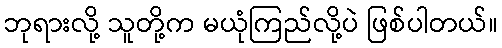
ဘုရားလို့ သူတို့က မယုံကြည်လို့ပဲ ဖြစ်ပါတယ်။